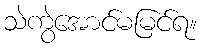
သဲကွဲအောင်မမြင်ရ။